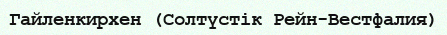
Гайленкирхен (Солтүстік Рейн-Вестфалия)